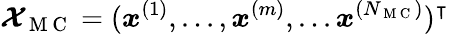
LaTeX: \boldsymbol{\mathcal{X}}_{\mathrm{~M~C~}}=(\boldsymbol{x}^{(1)},...,\boldsymbol{x}^{(m)},...\boldsymbol{x}^{(N_{\mathrm{~M~C~}})})^{\intercal}